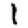
Digit: 1